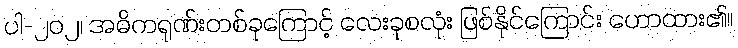
ပါ-၂၀၂၊ အဓိကရုဏ်းတစ်ခုကြောင့် လေးခုစလုံး ဖြစ်နိုင်ကြောင်း ဟောထား၏။